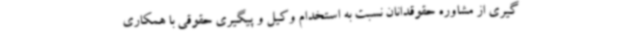
گیری از مشاوره حقوقدانان نسبت به استخدام وکیل و پیگیری حقوقی با همکاری